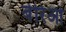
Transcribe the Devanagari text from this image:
बेरिओ